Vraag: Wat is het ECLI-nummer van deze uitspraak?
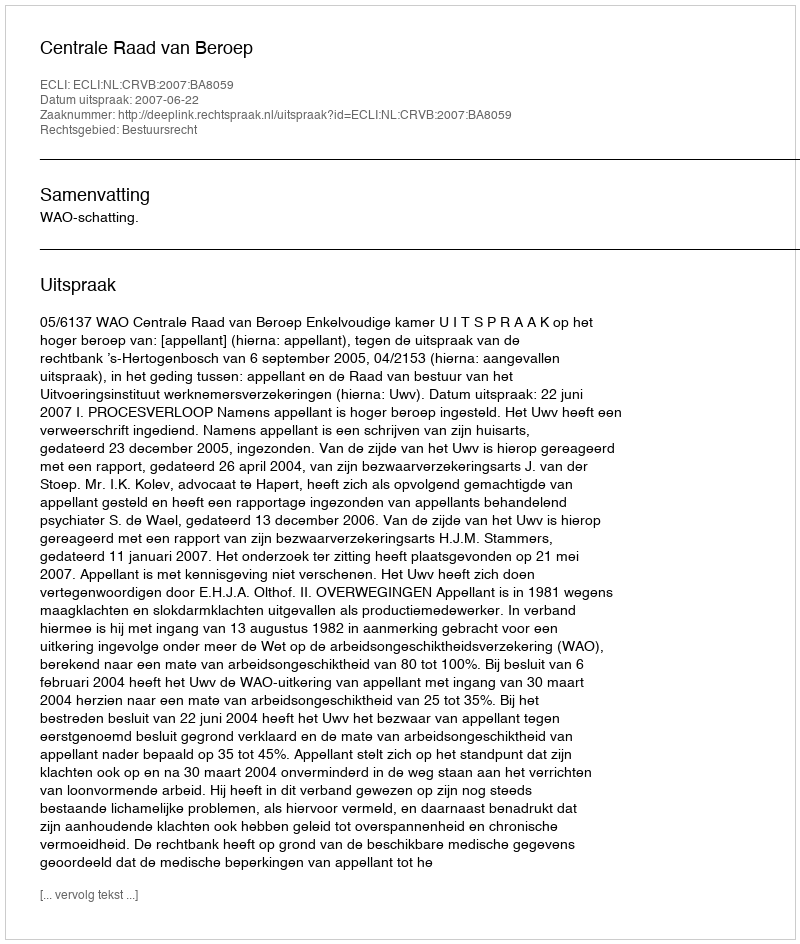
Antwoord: ECLI:NL:CRVB:2007:BA8059